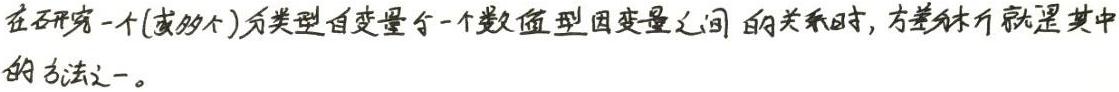
在研究一个(或多个)分类型自变量与一个数值型因变量之间的关系时,方差分析就是其中的方法之一。